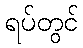
ရပ်တွင်